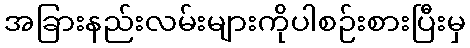
အခြားနည်းလမ်းများကိုပါစဉ်းစားပြီးမှ